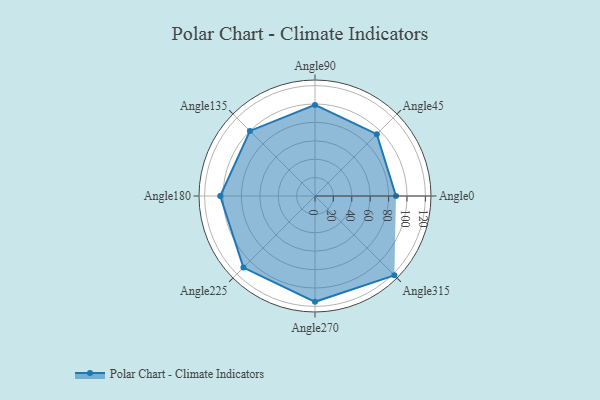
{"axis": {"x": "Angle", "y": "Radius"}, "legend": [""], "data": [{"x": "Angle0", "y": 88.0, "type": ""}, {"x": "Angle45", "y": 95.0, "type": ""}, {"x": "Angle90", "y": 99.0, "type": ""}, {"x": "Angle135", "y": 100.0, "type": ""}, {"x": "Angle180", "y": 103.0, "type": ""}, {"x": "Angle225", "y": 110.0, "type": ""}, {"x": "Angle270", "y": 115.0, "type": ""}, {"x": "Angle315", "y": 122.0, "type": ""}]}